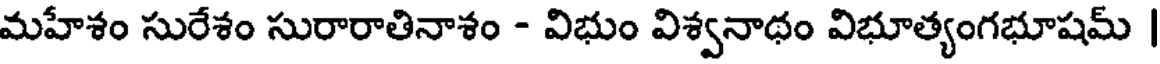
మహేశం సురేశం సురారాతినాశం - విభుం విశ్వనాథం విభూత్యంగభూషమ్